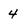
Character: 4